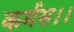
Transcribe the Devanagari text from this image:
कर्मस।।